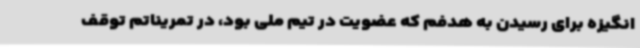
انگیزه برای رسیدن به هدفم که عضویت در تیم ملی بود، در تمریناتم توقف